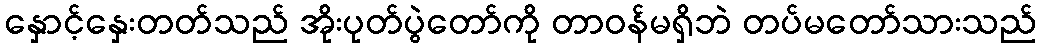
နှောင့်နှေးတတ်သည် အိုးပုတ်ပွဲတော်ကို တာဝန်မရှိဘဲ တပ်မတော်သားသည်